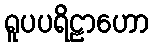
ရူပပရိဠာဟော